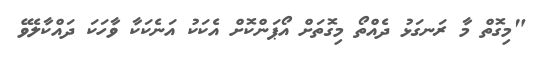
"މިގޮތް މާ ރަނގަޅު ދެއްތޯ މިގޮތަށް އޯޕަންކޮށް އެކަކު އަނެކަކާ ވާހަކަ ދައްކާލެވޭ